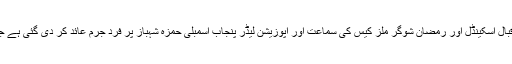
میڈیا رپورٹس کے مطابق آج احتساب عدالت میں آشیانہ اقبال اسکینڈل اور رمضان شوگر ملز کیس کی سماعت اور اپوزیشن لیڈر پنجاب اسمبلی حمزہ شہباز پر فرد جرم عائد کر دی گئی ہے جب کہ دونوں ملزمان نے فرد جرم سے انکار کر دیا ہے۔